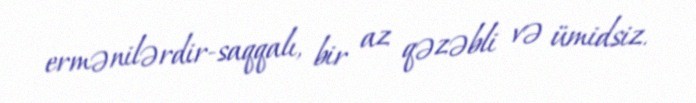
ermənilərdir-saqqalı, bir az qəzəbli və ümidsiz.